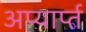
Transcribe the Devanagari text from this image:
अप्यार्प्त